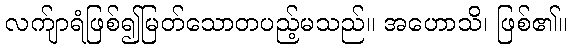
လက်ျာရံဖြစ်၍မြတ်သောတပည့်မသည်။ အဟောသိ၊ ဖြစ်၏။